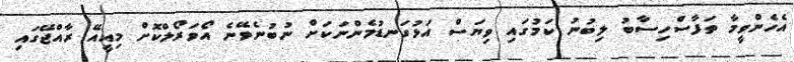
އެހެންވީމާ ތަފާސްހިސާބު ލިބުނު ކަމުގައި ވިޔަސް އަޅުގަނޑުމެންނަކަށް ނުބުނެވޭނެ އޯވަރޯލްކޮށް މިއީއޭ ރާއްޖޭގައި